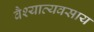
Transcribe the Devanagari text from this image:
वैश्याव्यवसाय